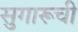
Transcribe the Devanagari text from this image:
सुगारूची